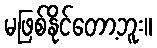
မဖြစ်နိုင်တော့ဘူး။